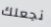
نجعلك